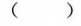
( )